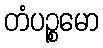
တံပဉ္စမော